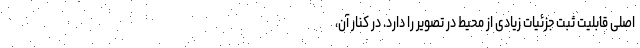
اصلی قابلیت ثبت جزئیات زیادی از محیط در تصویر را دارد. در کنار آن،